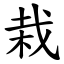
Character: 栽